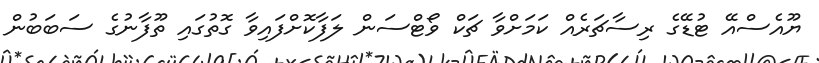
ޔޫއެސްއޭ ޓުޑޭގެ ރިސާޗަރެއް ކަމަށްވާ ޗަކް ވޯޓްސަން ލަފާކޮށްފައިވާ ގޮތުގައި ތޫފާނުގެ ސަބަބުން